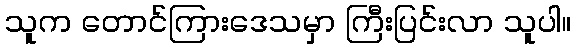
သူက တောင်ကြားဒေသမှာ ကြီးပြင်းလာ သူပါ။